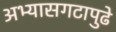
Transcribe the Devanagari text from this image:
अभ्यासगटापुढे